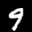
Label: 9